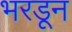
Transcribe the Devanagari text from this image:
भरडून